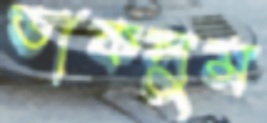
ডাকলুম